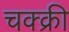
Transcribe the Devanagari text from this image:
चक्क्री